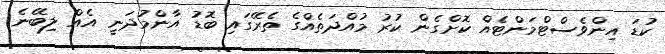
ކުޑަ އިންވެސްޓްމަންޓެއް ކޮށްގެން ކުރު މުއްދަތެއްގެ ތެރޭގައި ބޮޑު އާންމުދަނީ އެއް ލިބޭނެ